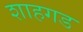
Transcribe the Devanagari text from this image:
शाहगड